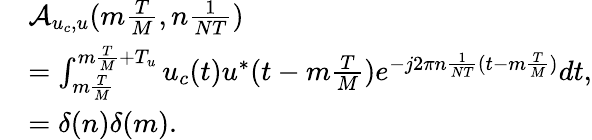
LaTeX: \begin{array}{rl}&{\mathcal A_{u_{c},u}(m\frac{T}{M},n\frac{1}{NT})}\\ &{=\int_{m\frac{T}{M}}^{m\frac{T}{M}+T_{u}}u_{c}(t)u^{*}(t-m\frac{T}{M})e^{-j2\pi n\frac{1}{NT}(t-m\frac{T}{M})}dt,}\\ &{=\delta(n)\delta(m).}\end{array}